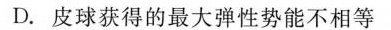
D.皮球获得的最大弹性势能不相等